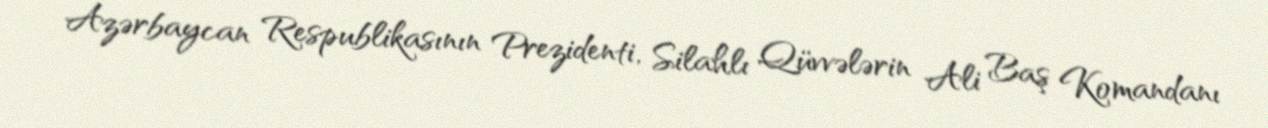
Azərbaycan Respublikasının Prezidenti, Silahlı Qüvvələrin Ali Baş Komandanı